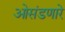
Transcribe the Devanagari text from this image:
ओसंडणारे